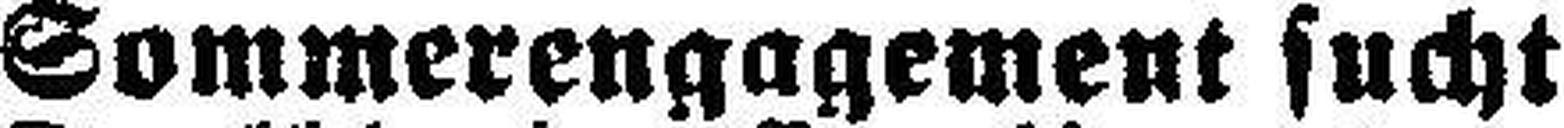
Sommerengagement sucht